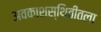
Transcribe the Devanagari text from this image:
अवकाशस्थितीतला